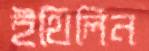
ইথিলিন